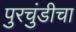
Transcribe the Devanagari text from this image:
पुरचुंडीचा